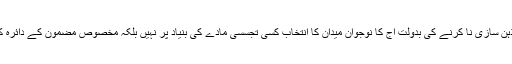
نوجوان نسل کو نظرانداز کرنے اور باقاعدہ ذہن سازی نا کرنے کی بدولت آج کا نوجوان میدان کا انتخاب کسی تجسسی مادے کی بنیاد پر نہیں بلکہ مخصوص مضمون کے دائرہ کار (scope) کو دیکھ کر کرتا نظر آتا ہے۔